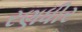
રણધીર